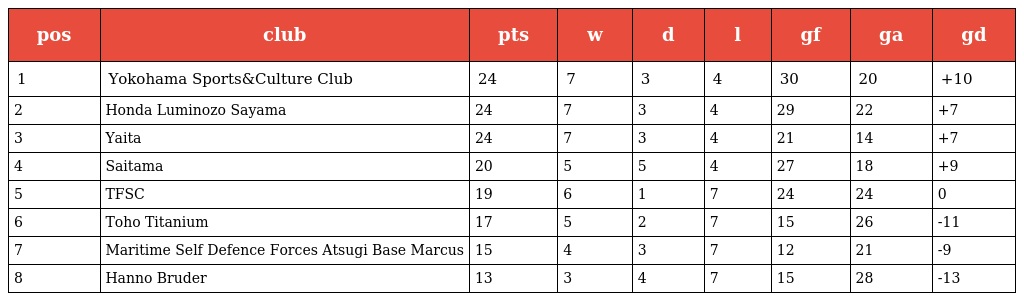
| pos | club | pts | w | d | l | gf | ga | gd |
 | --- | --- | --- | --- | --- | --- | --- | --- | --- |
 | 1 | Yokohama Sports&Culture Club | 24 | 7 | 3 | 4 | 30 | 20 | +10 |
 | 2 | Honda Luminozo Sayama | 24 | 7 | 3 | 4 | 29 | 22 | +7 |
 | 3 | Yaita | 24 | 7 | 3 | 4 | 21 | 14 | +7 |
 | 4 | Saitama | 20 | 5 | 5 | 4 | 27 | 18 | +9 |
 | 5 | TFSC | 19 | 6 | 1 | 7 | 24 | 24 | 0 |
 | 6 | Toho Titanium | 17 | 5 | 2 | 7 | 15 | 26 | -11 |
 | 7 | Maritime Self Defence Forces Atsugi Base Marcus | 15 | 4 | 3 | 7 | 12 | 21 | -9 |
 | 8 | Hanno Bruder | 13 | 3 | 4 | 7 | 15 | 28 | -13 |